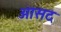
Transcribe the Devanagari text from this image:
आसद